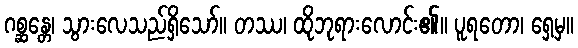
ဂစ္ဆန္တေ၊ သွားလေသည်ရှိသော်။ တဿ၊ ထိုဘုရားလောင်း၏။ ပူရတော၊ ရှေ့မှ။